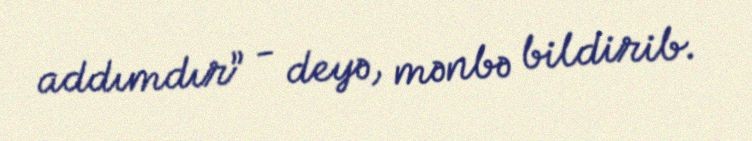
addımdır” - deyə, mənbə bildirib.